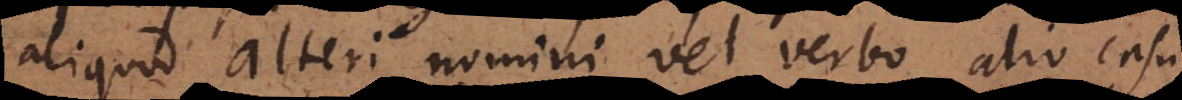
aliquod alteri nomini vel verbo alio casu